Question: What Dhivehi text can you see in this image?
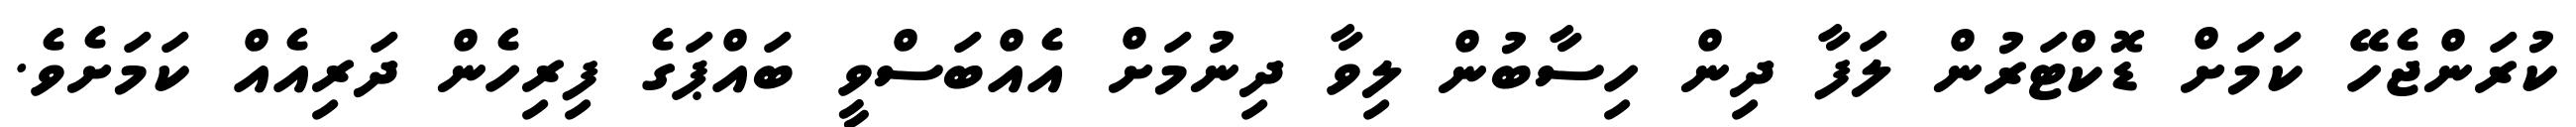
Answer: ކުރަންޖެހޭ ކަމަށް ޑޮކްޓަރުން ލަފާ ދިން ހިސާބުން ލިވާ ދިނުމަށް އެއްބަސްވީ ބައްޕަގެ ފިރިހެން ދަރިއެއް ކަމަށެވެ.